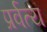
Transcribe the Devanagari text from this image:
प्रर्वत्य